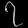
Digit: ၇